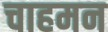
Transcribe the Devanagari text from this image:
चाहमन